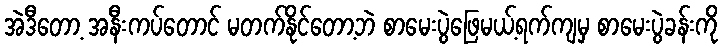
အဲဒီတော့ အနီးကပ်တောင် မတက်နိုင်တော့ဘဲ စာမေးပွဲဖြေမယ့်ရက်ကျမှ စာမေးပွဲခန်းကို